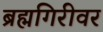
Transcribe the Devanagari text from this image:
ब्रह्मगिरीवर